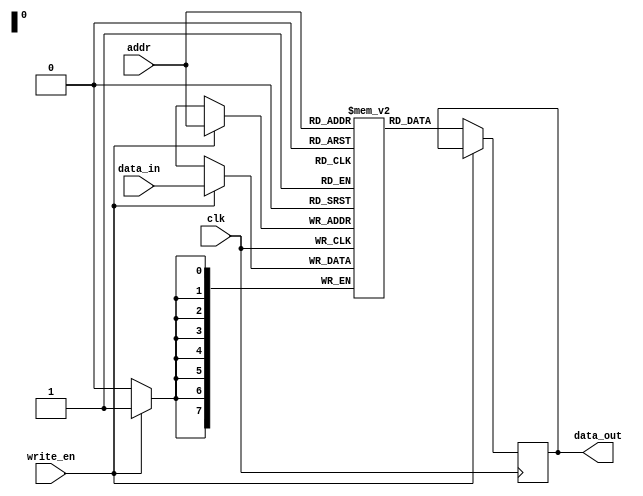
module PROM(
    input wire clk,
    input wire [7:0] addr,
    input wire write_en,
    input wire [7:0] data_in,
    output reg [7:0] data_out
);

reg [7:0] memory [0:255]; // 256 memory blocks, each storing 8 bits of data

always @(posedge clk) begin
    if(write_en) begin
        memory[addr] <= data_in;
    end else begin
        data_out <= memory[addr];
    end
end

endmodule